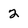
Character: 2